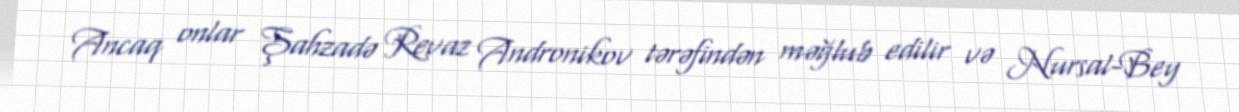
Ancaq onlar Şahzadə Revaz Andronikov tərəfindən məğlub edilir və Nursal-Bey